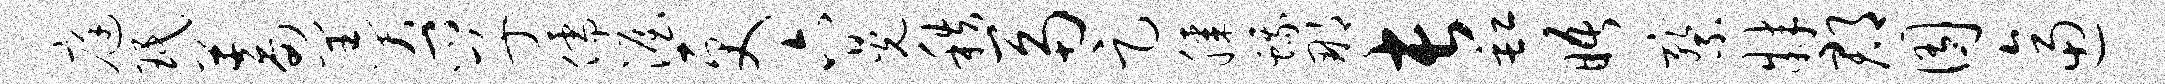
庭珉蓄羹孚儒渥更六晃秩鬲足膝蛾那长缸晤察肄郡囿逼